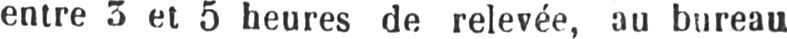
entre 3 et 5 heures de relevée, au bureau